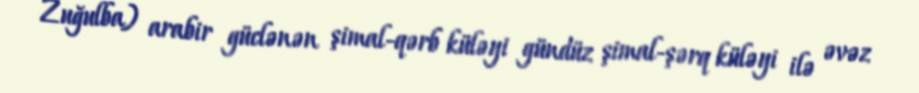
Zuğulba) arabir güclənən şimal-qərb küləyi gündüz şimal-şərq küləyi ilə əvəz